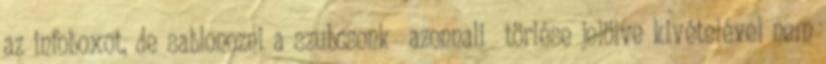
az infoboxot, de sablonozni a szubcsonk azonnali törlése jelölve kivételével nem